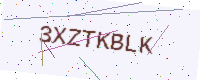
Text: 3XZTKBLK